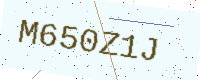
Text: M650Z1J